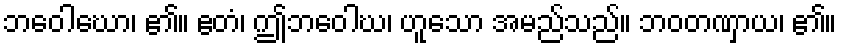
ဘဝေါဃော၊ ၏။ ဧတံ၊ ဤဘဝေါဃ၊ ဟူသော အမည်သည်။ ဘဝတဏှာယ၊ ၏။